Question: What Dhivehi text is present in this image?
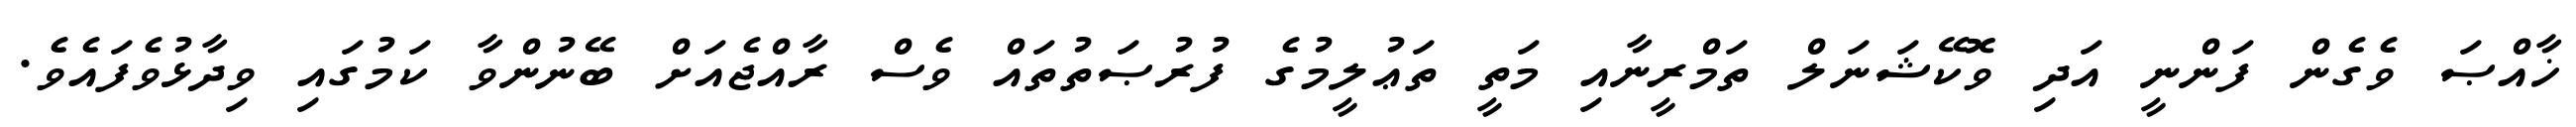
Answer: ޚާއްޞަ ވެގެން ފަންނީ އަދި ވޮކޭޝަނަލް ތަމްރީނާއި މަތީ ތަޢުލީމުގެ ފުރުޞަތުތައް ވެސް ރާއްޖެއަށް ބޭނުންވާ ކަމުގައި ވިދާޅުވެފައެވެ.